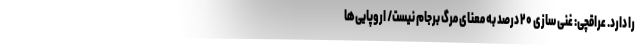
را دارد. عراقچی: غنی سازی ۲۰ درصد به معنای مرگ برجام نیست/ اروپایی‌ها